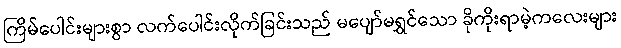
ကြိမ်ပေါင်းများစွာ လက်ပေါင်းလိုက်ခြင်းသည် မပျော်မရွှင်သော ခိုကိုးရာမဲ့ကလေးများ